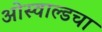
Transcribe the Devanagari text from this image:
ओस्वाल्डचा